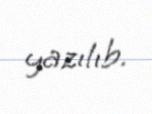
yazılıb.